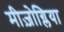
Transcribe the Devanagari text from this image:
मीज़ोग्लिया